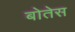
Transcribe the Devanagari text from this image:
बोतेस